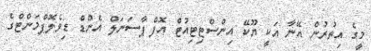
މީގެ އިތުރުން އޭނާ އަކީ ޔޫކޭ އިންސްޓިޓިއުޓް އޮފް ޕާސަނަލް އެންޑް ޑިވެލޮޕްމަންޓްގެ